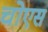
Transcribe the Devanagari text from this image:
चोएस